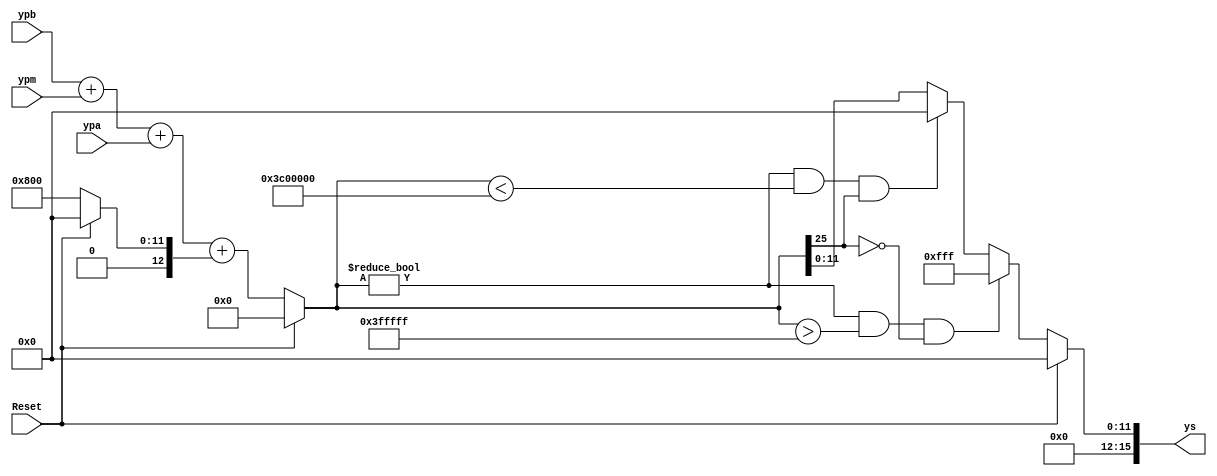
`timescale 1ns / 1ps
//////////////////////////////////////////////////////////////////////////////////
//	Laboratorio de Diseo Digital
// Proyecto de diseo #1
// Sumador para las tres bandas
// Diego Brenes Martnez
// Francisco Chacn Cambronero
//////////////////////////////////////////////////////////////////////////////////
module SumadorTresElementos #(parameter W=23)
	(
    input Reset,
    input wire signed [W-1:0] ypb,
    input wire signed [W-1:0] ypm,
    input wire signed [W-1:0] ypa,
 	 output reg signed [15:0]ys
    );

reg signed [25:0] R; //Regestro para almacenar la suma de tres elementos
reg signed [22:0] offset;
reg signed [22:0] yaux;

always @* begin
		
		if (Reset) begin
			ys <= 23'b0;
			R <= 26'b0;
			offset<=23'h0;
			yaux<=23'h0;
	end
		
		else begin
			offset<=23'h000800;
			R <= ypb + ypm + ypa + offset;
			//assign salidadeR = R;
			//Revisando R:
			
			if(R != 26'b0 && R > 26'h03FFFFF && !R[25])	begin  //Overflow del positivo ms alto
				yaux <= 23'h3FFFFF;				//Asigna a la salida del sumador el positivo ms alto en "W" bits
				ys[15:12]<=4'b0;
				ys[11:0]<= yaux [11:0];			
			   end
			
			else if(R != 25'b0 && R < 26'h3C00000 && R[25]) begin//Underflow del negativo ms bajo
				yaux <= 23'h400000; 	//Asigna a la salida del sumador el negativo ms bajo en "W" bits
				ys[15:12]<=4'b0;
				ys[11:0]<= yaux [11:0];	
				end
			
			else begin
				yaux[W-1:0] <= R[W-1:0]; //Si ninguna de las anteriores se cumple entonces slo asigna el resultado 				//truncado a la salida del sumador
				ys[15:12]<=4'b0;
				ys[11:0]<= yaux [11:0];	
			end
		
		end
	end

endmodule